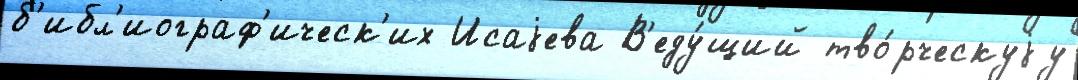
б'ибл'иограф'ическ'их Исаjева В'еду́щий тво́рческуjу